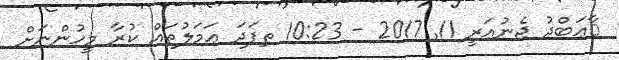
ާޢަބްދު ޖެނުއަރީ 11